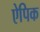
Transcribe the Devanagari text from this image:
ऐपिक